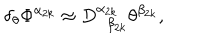
LaTeX: \delta _ { \theta } \Phi ^ { \alpha _ { 2 k } } \approx D _ { \; \; \beta _ { 2 k } } ^ { \alpha _ { 2 k } } \theta ^ { \beta _ { 2 k } } ,